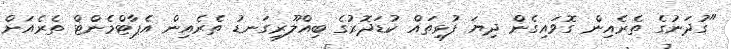
"ގުދަނުގެ ތެރެއިން ގޮވައިގެން ދިޔަ ފުޅިތައް ކުޑަދޮރުގެ ބިއްލޫރިގަނޑު ތެރެއިން އެޕާޓްމެންޓް ތެރެއަށް